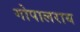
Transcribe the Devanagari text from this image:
गोपालराय